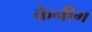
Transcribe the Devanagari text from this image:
केनीम